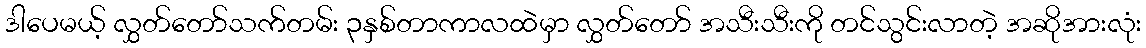
ဒါပေမယ့် လွှတ်တော်သက်တမ်း ၃နှစ်တာကာလထဲမှာ လွှတ်တော် အသီးသီးကို တင်သွင်းလာတဲ့ အဆိုအားလုံး